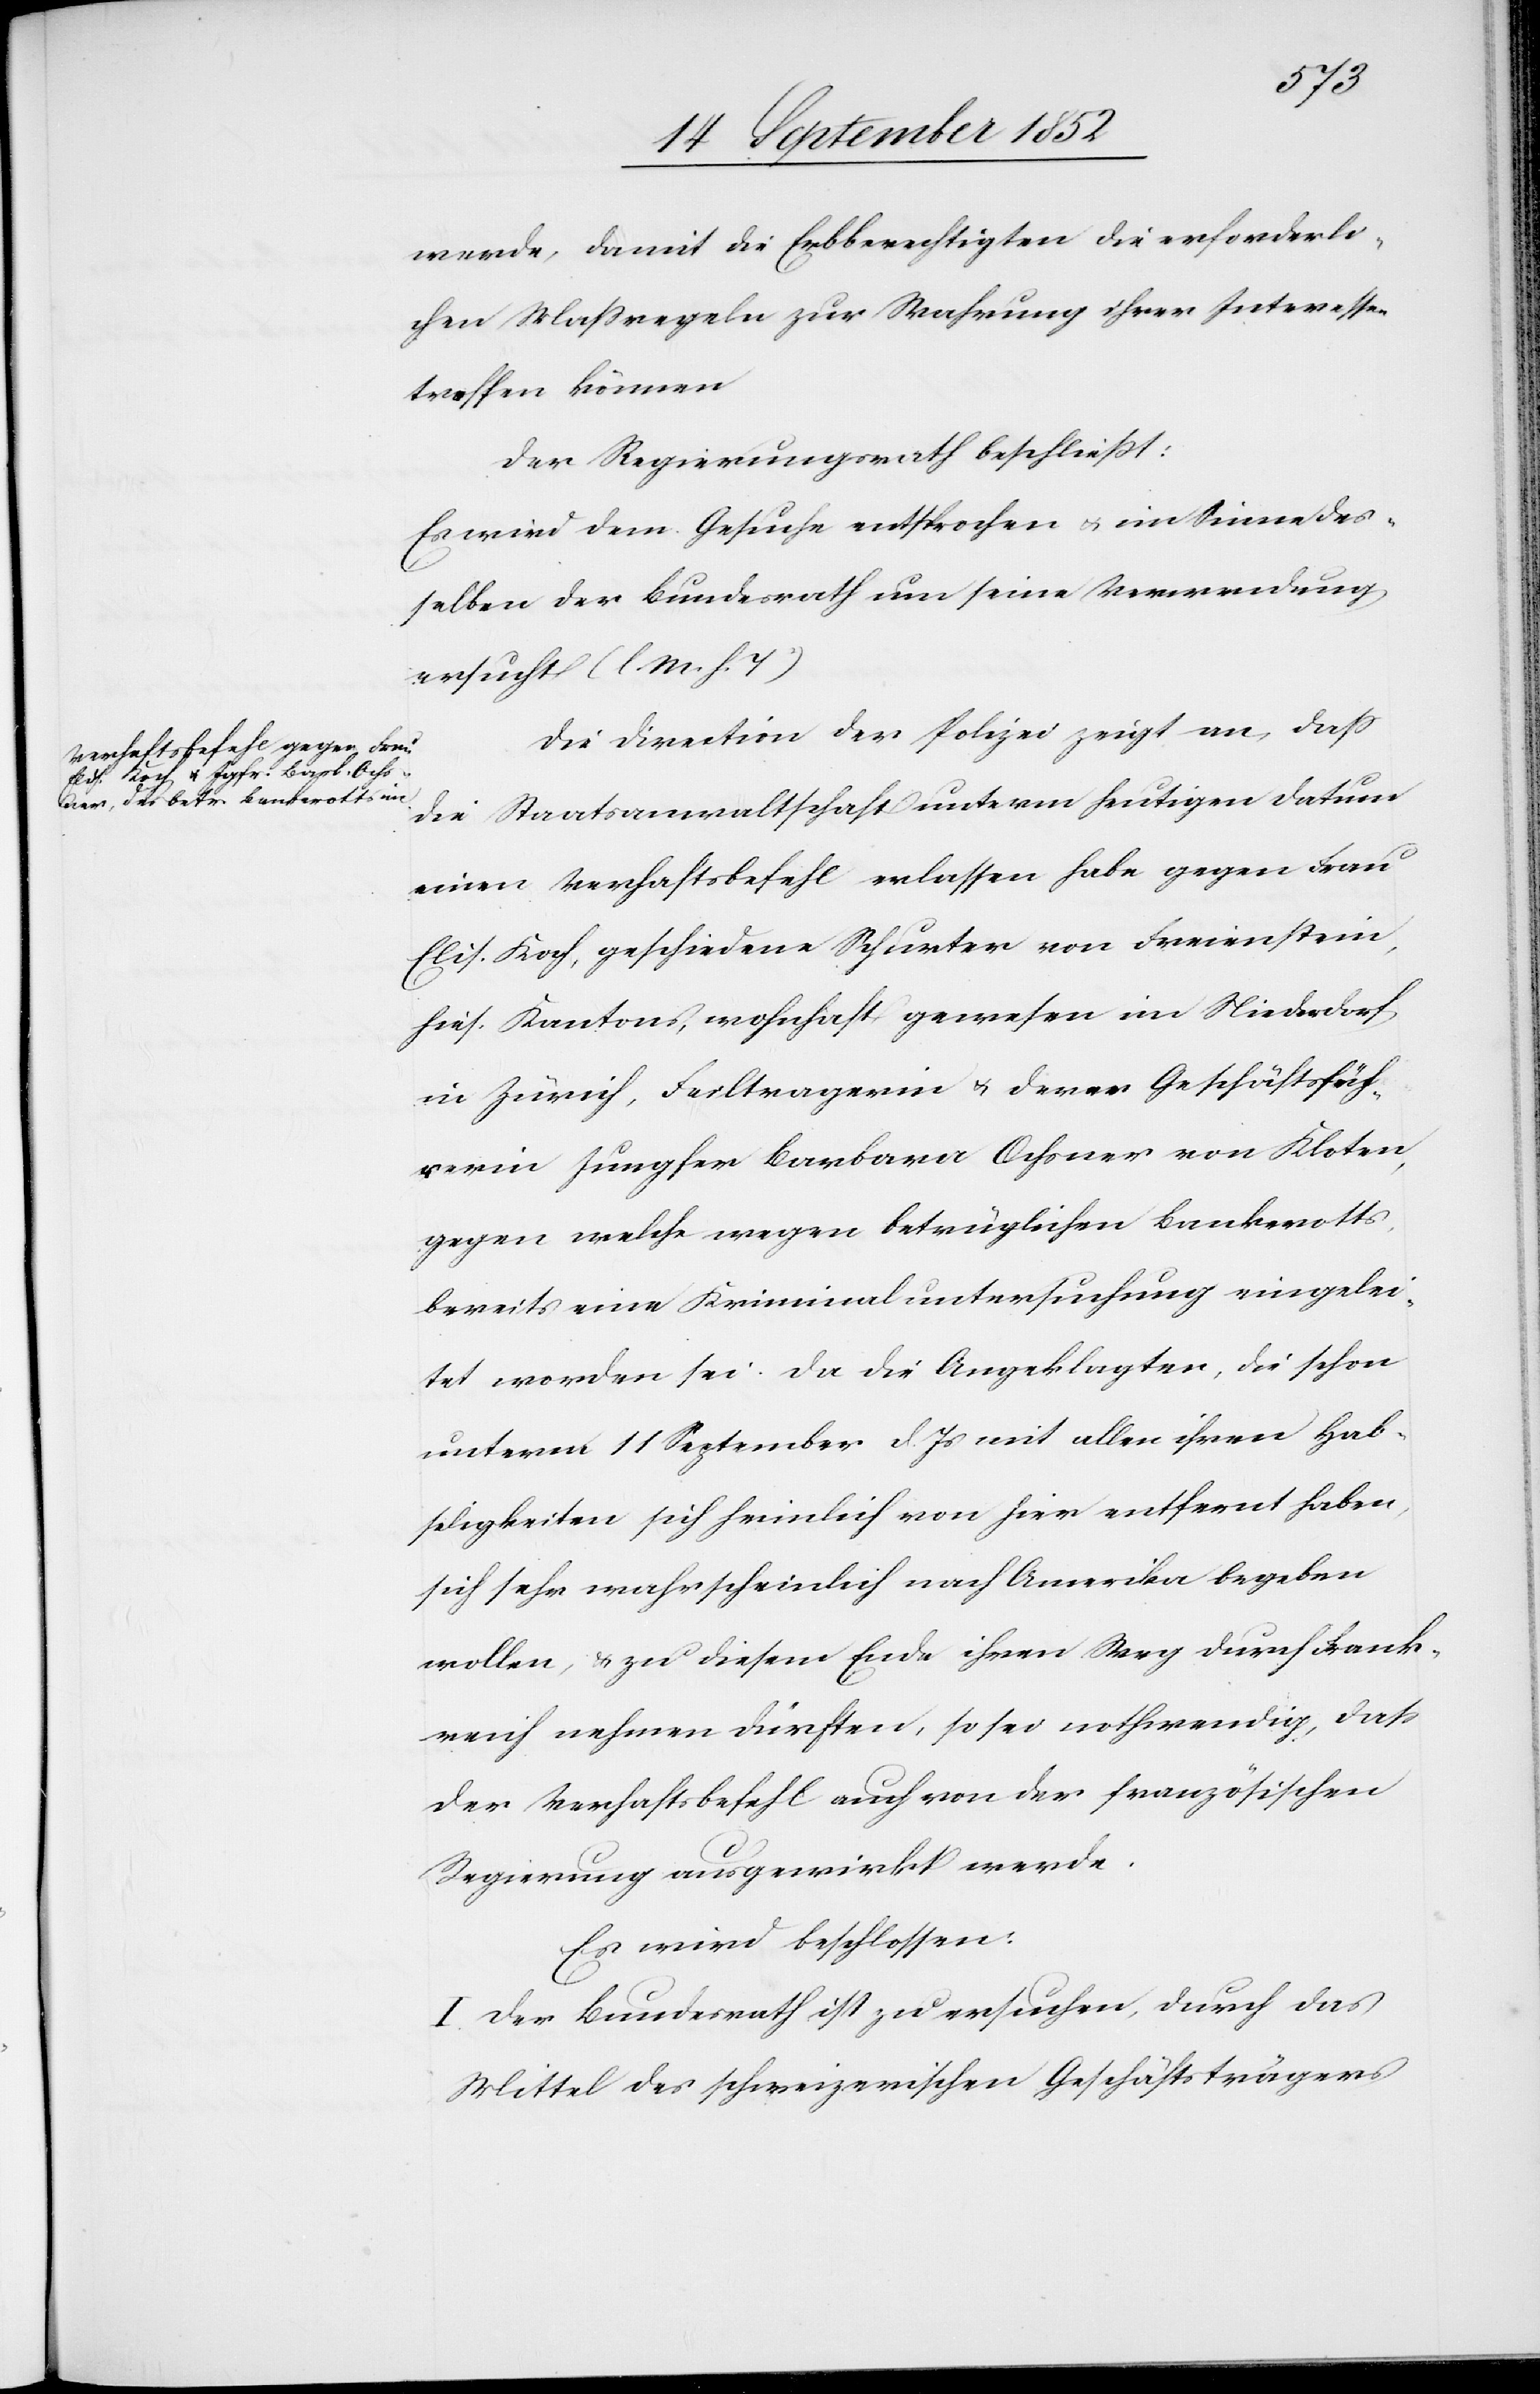
werde, damit die Erbberechtigten die erforderli¬
chen Massregeln zur Wahrung ihrer Interessen
treffen können
Der Regierungsrath beschließt:
Es wird dem Gesuche entsprochen & im Sinne des¬
selben der Bundesrath um seine Verwendung
ersucht (l. M. h. T)[.]
Die Direction der Polizei zeigt an, dass
die Staatsanwaltschaft unterm heutigen Datum
einen Verhaftsbefehl erlassen habe gegen Frau
Elis. Koch, geschiedene Schurter von Freienstein,
hies. Kantons, wohnhaft gewesen im Niederdorf
in Zürich, Feiltragerin & derer Geschäftsfüh¬
rerin Jungfer Barbara Ochsner von Kloten,
gegen welche wegen betrüglichen Bankerotts,
bereits eine Kriminaluntersuchung eingelei¬
tet worden sei. Da die Angeklagten, die schon
unterm 11 September d. Js mit allen ihren Hab¬
seligkeiten sich heimlich von hier entfernt haben,
sich sehr wahrscheinlich nach Amerika begeben
wollen, & zu diesem Ende ihren Weg durch Frank¬
reich nehmen dürften, so sei nothwendig, dass
der Verhaftsbefehl auch von der französischen
Regierung ausgewirkt werde.
Es wird beschlossen:
I. Der Bundesrath ist zu ersuchen, durch das
Mittel des schweizerischen Geschäftsträgers